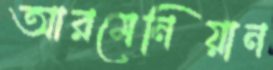
আরমেনিয়ান